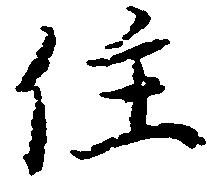
住